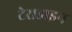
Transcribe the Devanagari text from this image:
टेराडाइन